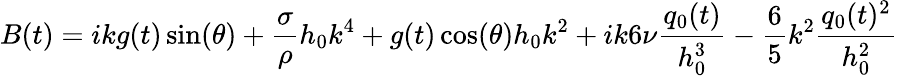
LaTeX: B(t)=ikg(t)\sin(\theta)+\frac{\sigma}{\rho}h_{0}k^{4}+g(t)\cos(\theta)h_{0}k^{2}+ik6\nu\frac{q_{0}(t)}{h_{0}^{3}}-\frac{6}{5}k^{2}\frac{q_{0}(t)^{2}}{h_{0}^{2}}